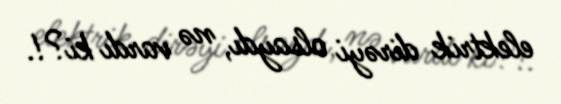
elektrik dirəyi olsaydı, nə vardı ki?!.